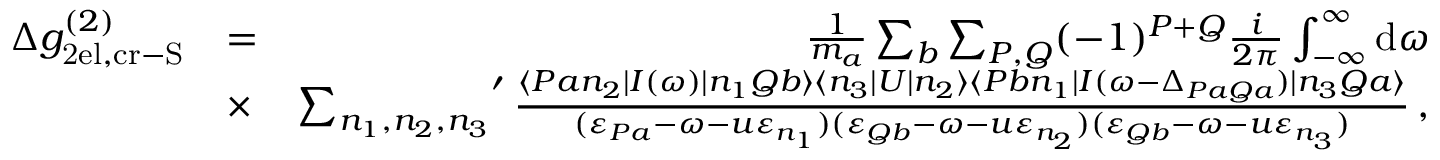
\begin{array} { r l r } { \Delta g _ { \mathrm { 2 e l , c r - S } } ^ { ( 2 ) } } & { = } & { \frac { 1 } { m _ { a } } \sum _ { b } \sum _ { P , Q } ( - 1 ) ^ { P + Q } \frac { i } { 2 \pi } \int _ { - \infty } ^ { \infty } \mathrm { d } \omega } \\ & { \times } & { { \sum _ { n _ { 1 } , n _ { 2 } , n _ { 3 } } } ^ { \prime } \, \frac { \langle P a n _ { 2 } | I ( \omega ) | n _ { 1 } Q b \rangle \langle n _ { 3 } | U | n _ { 2 } \rangle \langle P b n _ { 1 } | I ( \omega - \Delta _ { P a Q a } ) | n _ { 3 } Q a \rangle } { ( \varepsilon _ { P a } - \omega - u \varepsilon _ { n _ { 1 } } ) ( \varepsilon _ { Q b } - \omega - u \varepsilon _ { n _ { 2 } } ) ( \varepsilon _ { Q b } - \omega - u \varepsilon _ { n _ { 3 } } ) } \, , } \end{array}